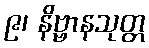
၉၊ နိဗ္ဗာနသုတ္တ